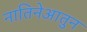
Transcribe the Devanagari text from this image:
नातिनेआतुन